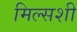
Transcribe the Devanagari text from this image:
मिल्सशी